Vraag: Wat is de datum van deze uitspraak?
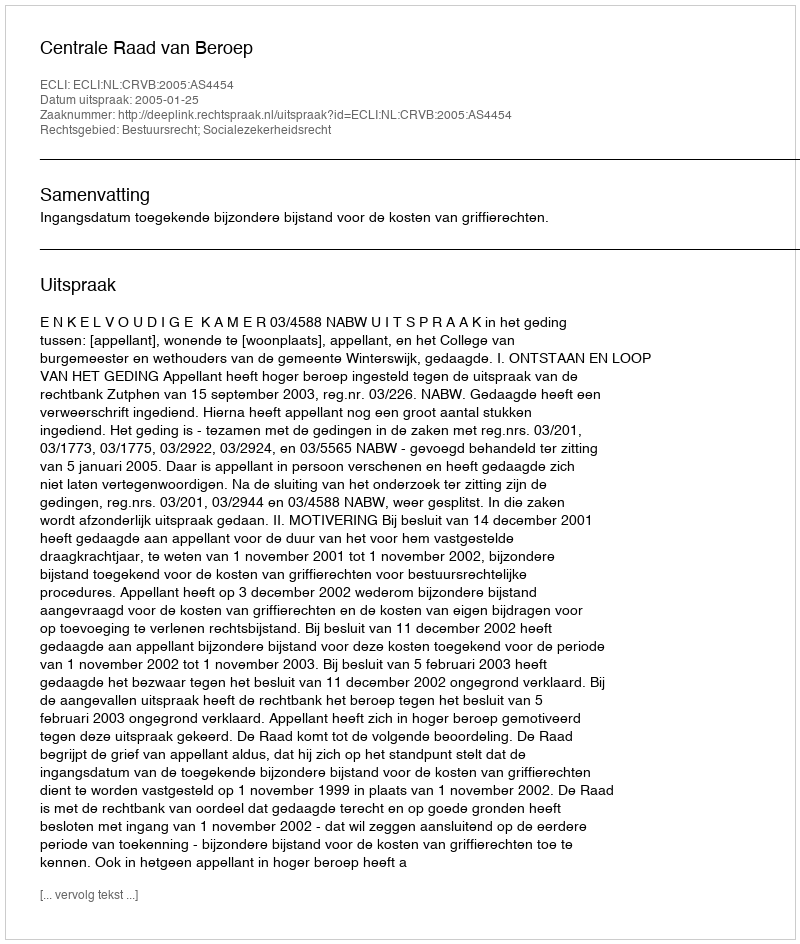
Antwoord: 2005-01-25